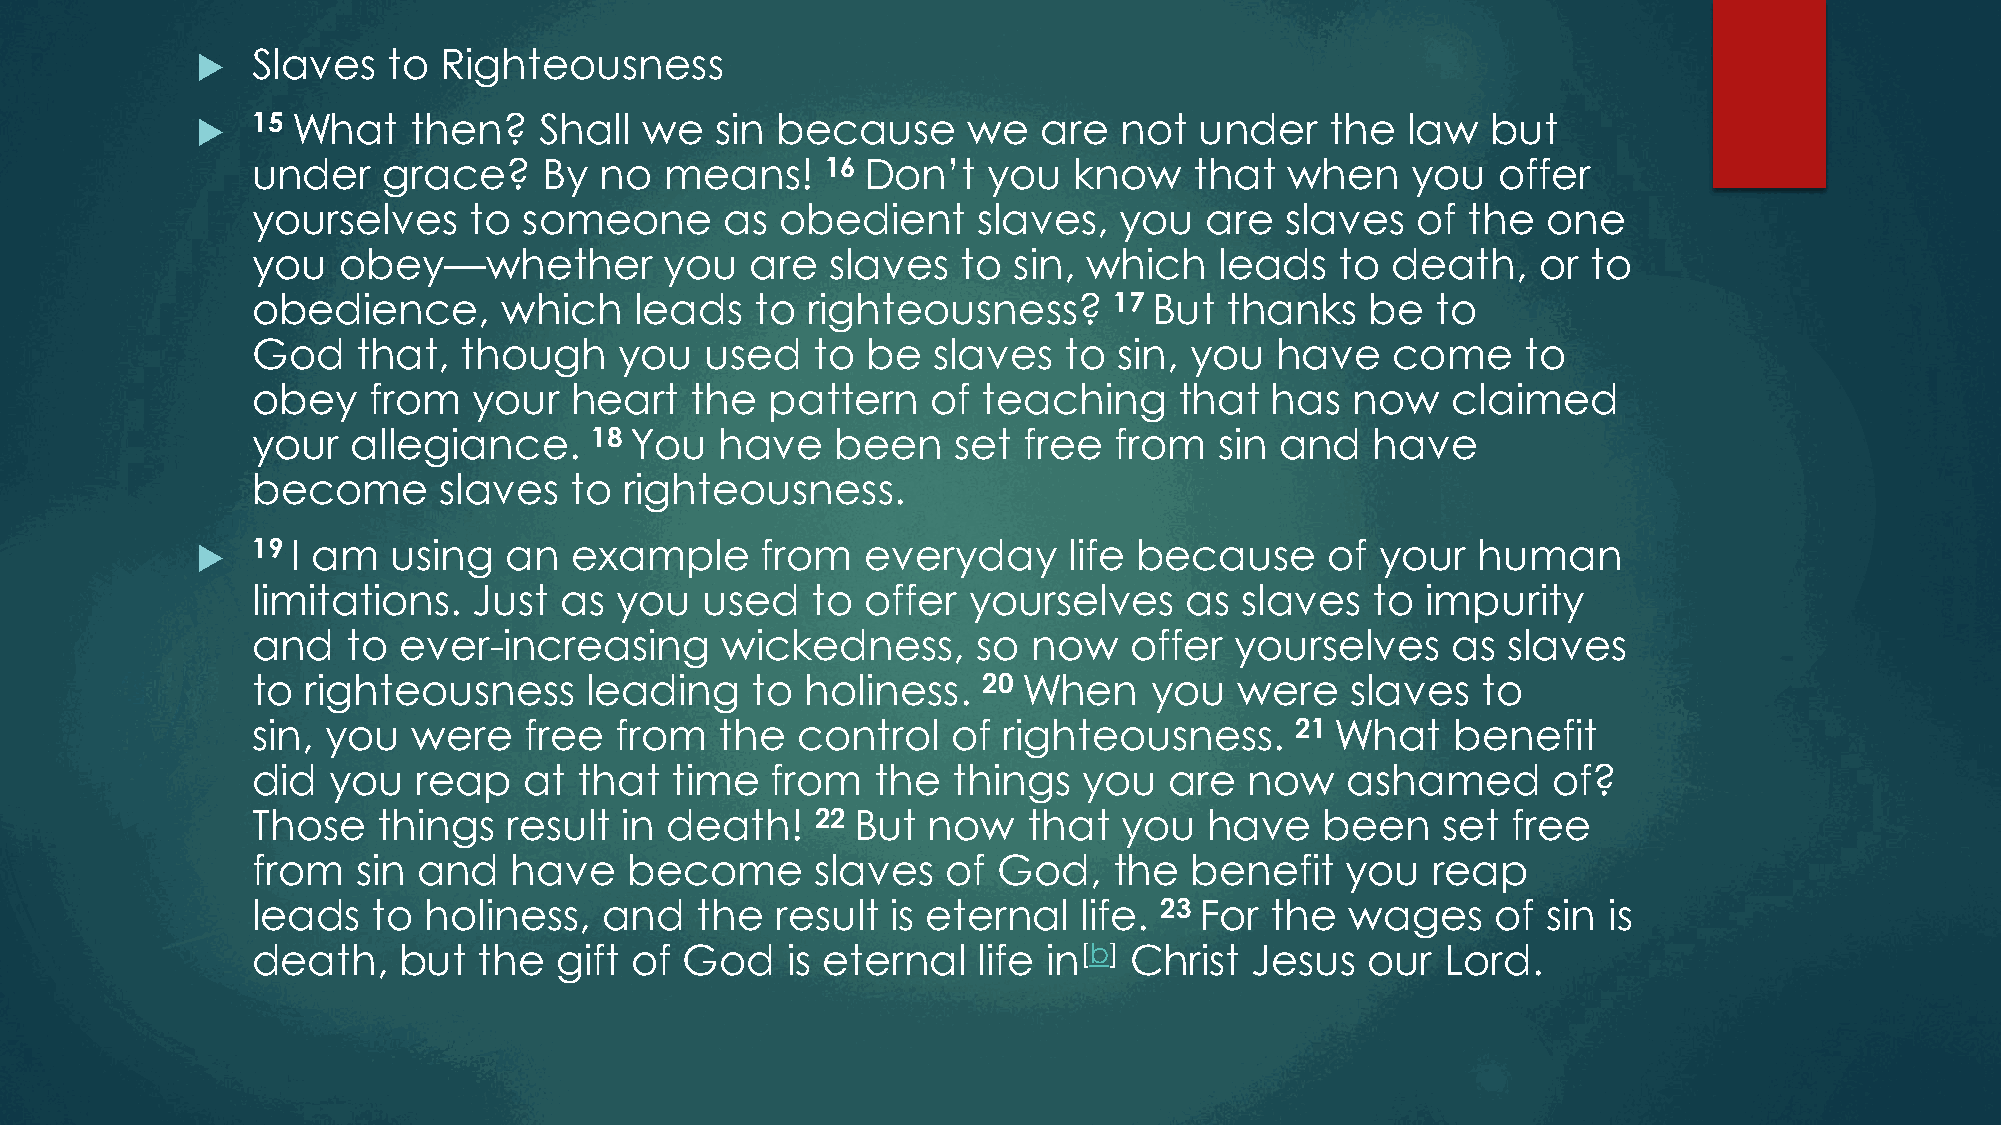
   Slaves   to Righteousness
    15 What   then?    Shall  we  sin because      we   are  not  under    the  law   but
 under   grace?     By  no  means!     16 Don’t  you   know    that  when    you   offer
 yourselves    to  someone      as  obedient     slaves,  you   are  slaves   of the  one
 you  obey—whether          you   are  slaves   to sin, which    leads   to death,    or to
 obedience,      which    leads   to righteousness?       17 But thanks    be  to
 God    that,  though    you   used   to be   slaves  to  sin, you  have    come     to
 obey   from   your   heart   the  pattern    of teaching     that  has   now   claimed
 your  allegiance.     18 You   have   been    set  free  from   sin and   have
 become      slaves   to righteousness.
    19 I am  using   an  example     from   everyday      life because     of your   human
 limitations.  Just  as  you   used   to offer  yourselves    as  slaves   to impurity
 and   to ever-increasing       wickedness,      so now    offer  yourselves    as  slaves
 to righteousness      leading    to holiness.   20 When    you   were   slaves   to
 sin, you  were    free  from   the  control   of righteousness.      21 What   benefit
 did  you   reap   at that  time   from   the  things   you  are   now   ashamed       of?
 Those   things   result in death!    22 But now    that  you   have    been   set  free
 from   sin and   have   become       slaves   of God,    the  benefit   you   reap
 leads   to holiness,   and   the  result  is eternal  life. 23 For the  wages     of sin is
 death,   but   the  gift of God    is eternal   life in[b] Christ Jesus   our  Lord.